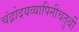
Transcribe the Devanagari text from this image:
चंद्रोदयव्यापिनीचतुर्थी